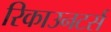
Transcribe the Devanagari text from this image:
रिकाउनटर्स